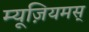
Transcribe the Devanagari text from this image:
म्यूज़ियमस्